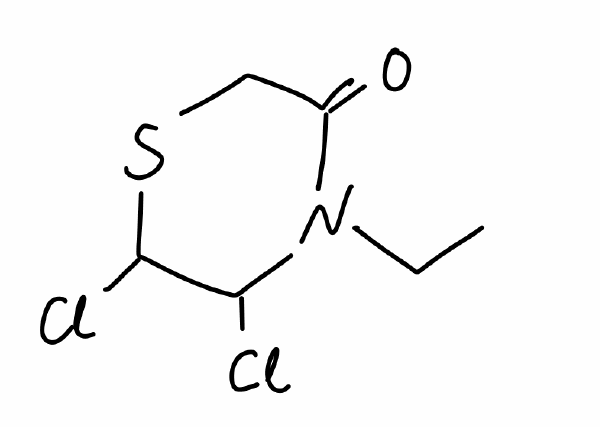
Simplified molecular-input line-entry system (SMILES) notation of the given molecule:
CCN1C(C(SCC1=O)Cl)Cl